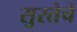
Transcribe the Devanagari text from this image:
सुरतेचे